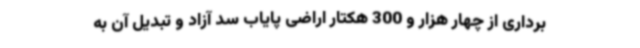
‌برداری از چهار هزار و 300 هکتار اراضی پایاب سد آزاد و تبدیل آن به